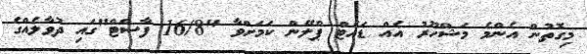
މިގޮތުން އެންމެ މަޝްހޫރު އެއް ޑައެޓް ޕްލޭން ކަމަށްވާ "16/8 ފާސްޓް"ގައި ދުވާލެއްގެ